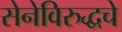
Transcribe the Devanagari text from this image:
सेनेविरुद्धचे